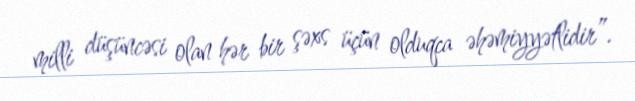
milli düşüncəsi olan hər bir şəxs üçün olduqca əhəmiyyətlidir”.